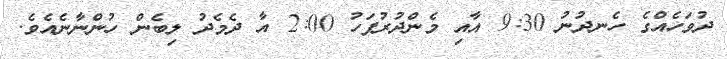
ދުވަހެއްގެ ހެނދުނު 9:30 އާއި މެންދުރުފަހު 2:00 އާ ދެމެދު ލިބެން ހުންނާނެއެވެ.